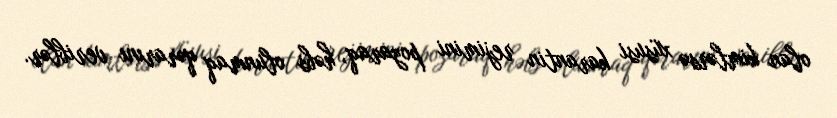
olan kimlərsə xüsusi karantin rejimini pozaraq, həbs olunmaq qərarını veriblər.